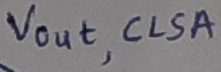
Text: Vout,CLSA